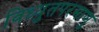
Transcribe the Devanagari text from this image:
विध्युतपरमाणु